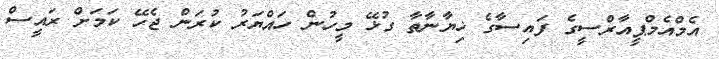
އެމްއެމްޕީއާރްސީގެ ފައިސާގެ ޚިޔާނާތާ ގުޅޭ މީހުން ހައްޔަރު ކުރަން ޖެހޭ ކަމަށް ރައީސް